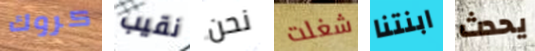
كروك نقيب نحن شغلت ابنتنا يحدث